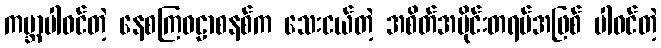
ကမ္ဘာပါဝင်တဲ့ နေစကြဝဠာစနစ်က သေးငယ်တဲ့ အစိတ်အပိုင်းတရပ်အဖြစ် ပါဝင်တဲ့